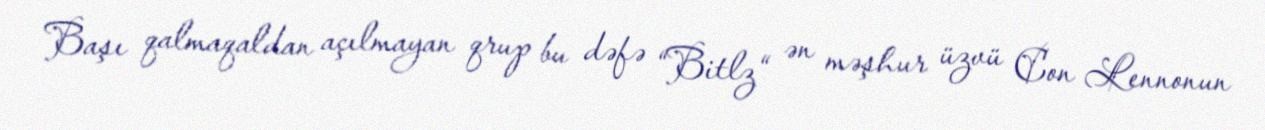
Başı qalmaqaldan açılmayan qrup bu dəfə “Bitlz“ ən məşhur üzvü Con Lennonun